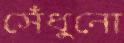
সেঁধুনো